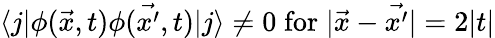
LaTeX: \langle j|\phi(\vec{x},t)\phi(\vec{x^{\prime}},t)|j\rangle\not=0\; \mathrm{for}\; |\vec{x}-\vec{x^{\prime}}|=2|t|